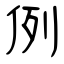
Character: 例